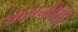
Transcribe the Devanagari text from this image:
बासनीपीर